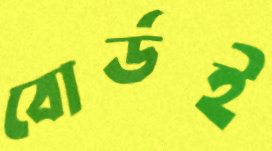
বোর্ডই